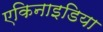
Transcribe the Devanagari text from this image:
एकिनाइडिया